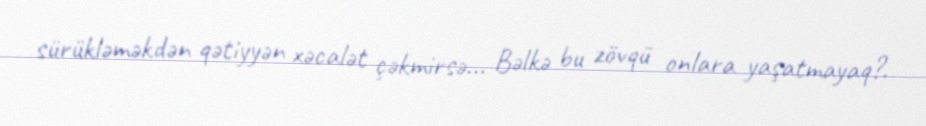
sürükləməkdən qətiyyən xəcalət çəkmirsə... Bəlkə bu zövqü onlara yaşatmayaq?.